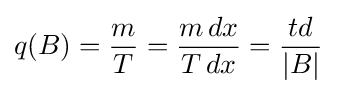
q(B)={\frac {m}{T}}={\frac {m\,dx}{T\,dx}}={\frac {td}{\left|B\right\vert }}